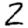
Digit: 2